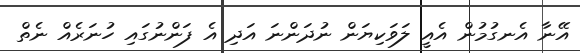
އޭނާ އެނގުމުން އެއީ ލަވަކިޔަން ނުދަންނަ އަދި އެ ފަންނުގައި ހުނަރެއް ނެތް